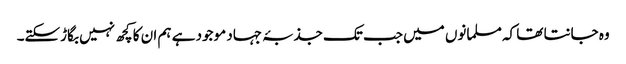
وہ جانتا تھا کہ مسلمانوں میں جب تک جذبۂ جہاد موجود ہے ہم ان کا کچھ نہیں بگاڑسکتے۔